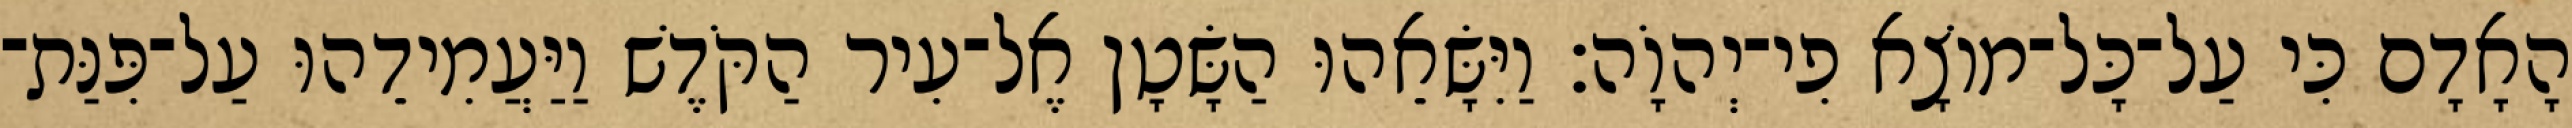
הָאָדָם כִּי עַל־כָּל־מוֹצָא פִי־יְהוָֹה׃ וַיִּשָּׂאֵהוּ הַשָּׂטָן אֶל־עִיר הַקֹּדֶשׁ וַיַּעֲמִידֵהוּ עַל־פִּנַּת־